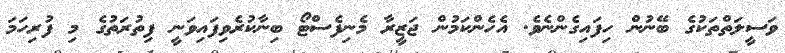
ވަސީލަތްތަކުގެ ބޭނުން ހިފައިގެންނެވެ. އެހެންކަމުން ޖަޒީރާ މެނިފެސްޓޯ ބިނާކުރެވިފައިވަނީ ފިތުރަތުގެ މި ފުރިހަމަ